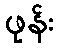
ဖုန်း